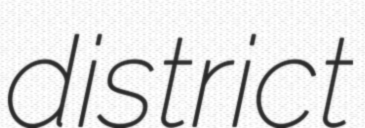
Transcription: district